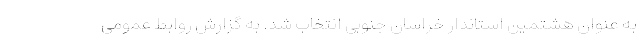
به عنوان هشتمین استاندار خراسان جنوبی انتخاب شد. به گزارش روابط عمومی